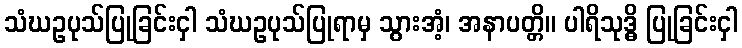
သံဃဥပုသ်ပြုခြင်းငှါ သံဃဥပုသ်ပြုရာမှ သွားအံ့၊ အနာပတ္တိ။ ပါရိသုဒ္ဓိ ပြုခြင်းငှါ